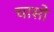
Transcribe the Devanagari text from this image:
चासो